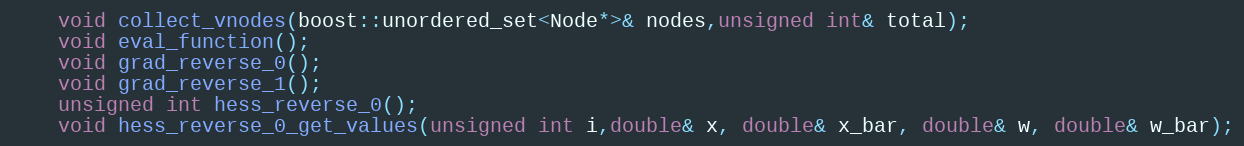
Language: C
	void collect_vnodes(boost::unordered_set<Node*>& nodes,unsigned int& total);
	void eval_function();
	void grad_reverse_0();
	void grad_reverse_1();
	unsigned int hess_reverse_0();
	void hess_reverse_0_get_values(unsigned int i,double& x, double& x_bar, double& w, double& w_bar);